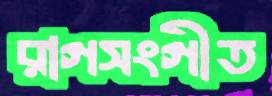
রাগসংগীত